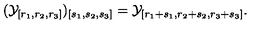
( { \cal Y } _ { [ r _ { 1 } , r _ { 2 } , r _ { 3 } ] } ) _ { [ s _ { 1 } , s _ { 2 } , s _ { 3 } ] } = { \cal Y } _ { [ r _ { 1 } + s _ { 1 } , r _ { 2 } + s _ { 2 } , r _ { 3 } + s _ { 3 } ] } .